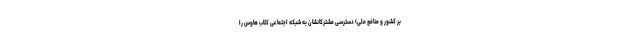
بر کشور و منافع ملی) دسترسی مشترکانشان به شبکه اجتماعی کلاب هاوس را